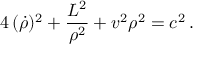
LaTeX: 4 \, ( \dot { \rho } ) ^ { 2 } + \frac { L ^ { 2 } } { \rho ^ { 2 } } + v ^ { 2 } \rho ^ { 2 } = c ^ { 2 } \, .